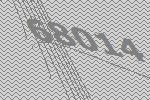
68014